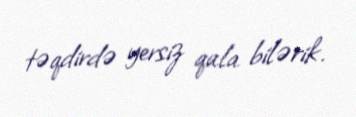
təqdirdə yersiz qala bilərik.